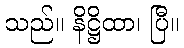
သည်။ နိဋ္ဌိထာ၊ ပြီ။